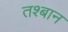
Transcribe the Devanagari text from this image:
तश्बान